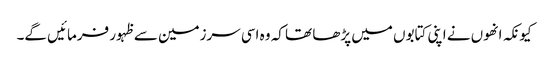
کیونکہ انھوں نے اپنی کتابوں میں پڑھا تھا کہ وہ اسی سرزمین سے ظہور فرمائیں گے۔